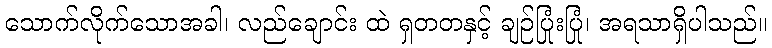
သောက်လိုက်သောအခါ၊ လည်ချောင်း ထဲ ရှတတနှင့် ချဉ်ပြုံးပြုံ၊ အရသာရှိပါသည်။